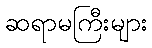
ဆရာမကြီးများ